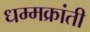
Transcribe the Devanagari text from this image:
धम्मक्रांती